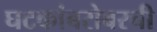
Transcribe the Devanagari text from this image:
घटकांबरोबरची